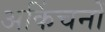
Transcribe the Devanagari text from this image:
अकिंचनों